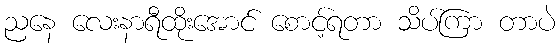
ညနေ လေးနာရီထိုးအောင် စောင့်ရတာ သိပ်ကြာ တာပဲ